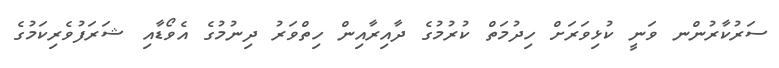
ސަރުކާރުންނ ވަނީ ކުޅިވަރަށް ހިދުމަތް ކުރުމުގެ ދާއިރާއިން ހިތްވަރު ދިނުމުގެ އެވޯޑާއި ޝަރަފުވެރިކަމުގެ